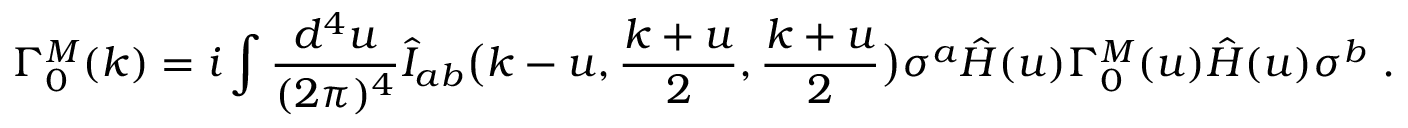
\Gamma _ { 0 } ^ { M } ( k ) = i \int { \frac { d ^ { 4 } u } { ( 2 \pi ) ^ { 4 } } } \hat { I } _ { a b } \big ( k - u , { \frac { k + u } { 2 } } , { \frac { k + u } { 2 } } \big ) \sigma ^ { a } \hat { H } ( u ) \Gamma _ { 0 } ^ { M } ( u ) \hat { H } ( u ) \sigma ^ { b } \ .